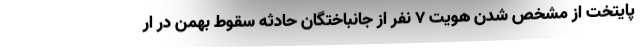
پایتخت از مشخص شدن هویت ۷ نفر از جانباختگان حادثه سقوط بهمن در ار